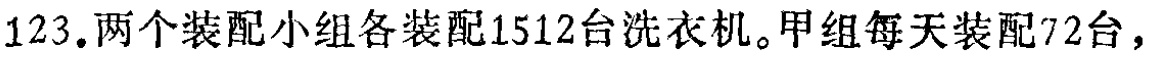
123.两个装配小组各装配1512台洗衣机。甲组每天装配72台，